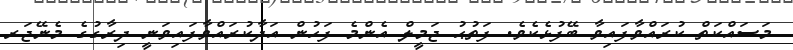
މަސައްކަތް ކުރައްވާފައިވާ ބޭފުޅެކެވެ. ފަތުޙު ޖަމީލް އެންމެ ފަހުން އަދާކުރައްވާފައިވަނީ ދިރާގުގެ މެނޭޖަރ